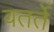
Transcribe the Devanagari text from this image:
वतर्ते